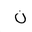
Letter: _non